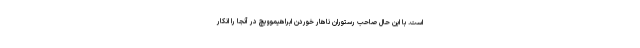
است. با این حال صاحب رستوران ناهار خوردن ابراهیموویچ در آنجا را انکار